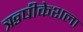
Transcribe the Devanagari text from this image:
ऋषीकेशला